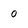
Character: 0